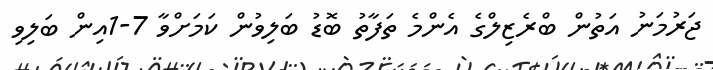
ޖަރުމަނު އަތުން ބްރެޒިލްގެ އެންމެ ތަފާތު ބޮޑު ބަލިވުން ކަމަށްވާ 7-1އިން ބަލިވި